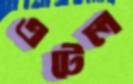
এটেল